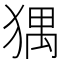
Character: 𤟹